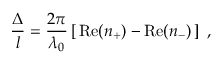
\frac { \Delta } { l } = \frac { 2 \pi } { \lambda _ { 0 } } \left[ \, \mathrm { R e } ( n _ { + } ) - \mathrm { R e } ( n _ { - } ) \, \right] \; ,